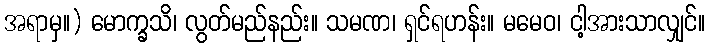
အရာမှ။) မောက္ခသိ၊ လွတ်မည်နည်း။ သမဏ၊ ရှင်ရဟန်း။ မမေဝ၊ ငါ့အားသာလျှင်။